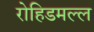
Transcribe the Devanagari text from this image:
रोहिडमल्ल